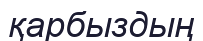
қарбыздың